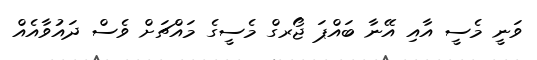
ވަނީ މެސީ އާއި އޭނާ ބައްޕަ ޖޯރގް މެސީގެ މައްޗަށް ވެސް ދައުވާއެއް